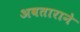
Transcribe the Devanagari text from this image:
अवताराने